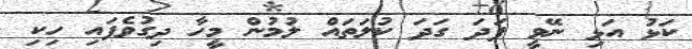
ކަޅު އަޅި ނޭވީ ފަދަ ގަދަ ކުލަތައް ލުމުން މީހާ ދިގުވެފައި ހިކި